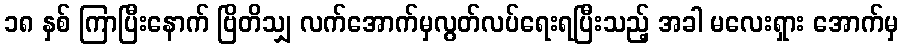
၁၈ နှစ် ကြာပြီးနောက် ဗြိတိသျှ လက်အောက်မှလွတ်လပ်ရေးရပြီးသည့် အခါ မလေးရှား အောက်မှ